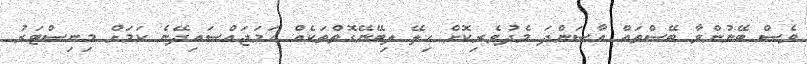
ވެސް ބޭނުންވާ ބޭސްތައް އާސަންދަ މެދުވެރިކޮށް ހިލޭ ލިބޭނޭގޮތްތަކެއް ހަމަޖައްސައިދޭނެ ކަމަށް މިނިސްޓަރު